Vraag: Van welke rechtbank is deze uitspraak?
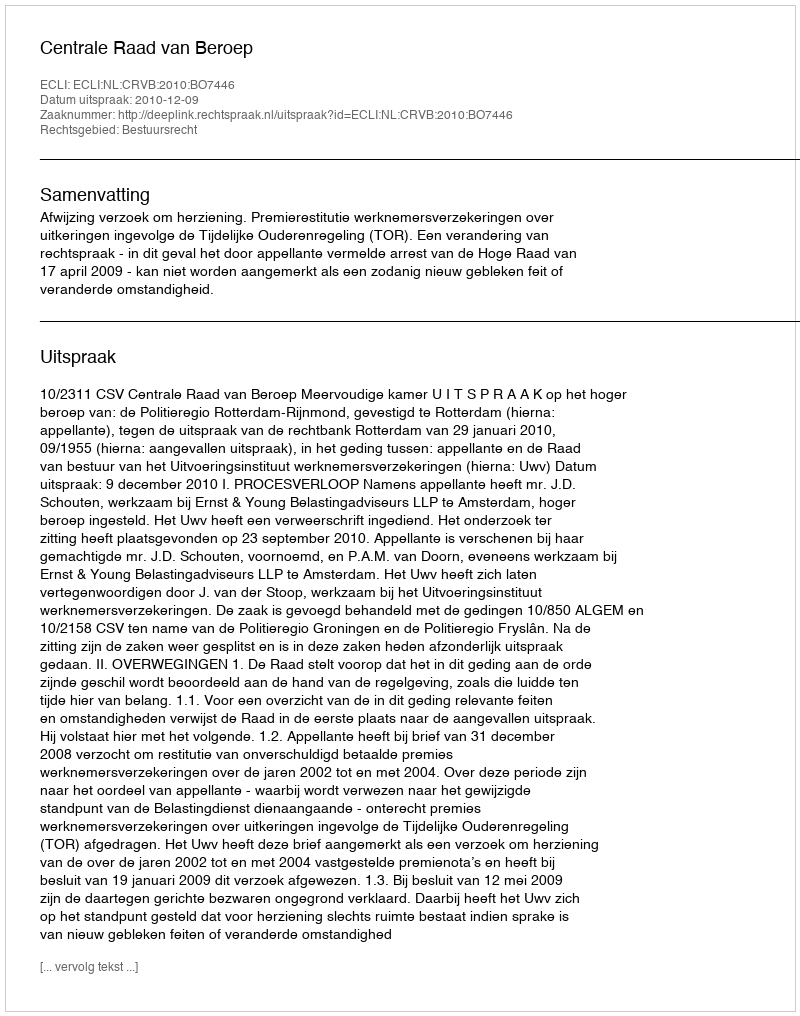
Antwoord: Centrale Raad van Beroep